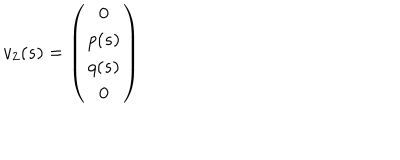
v _ { 2 } ( s ) = \left( \begin{array} { c } { { 0 } } \\ { { p ( s ) } } \\ { { q ( s ) } } \\ { { 0 } } \\ \end{array} \right)